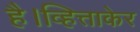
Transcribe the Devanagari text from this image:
है।व्हित्ताकेर